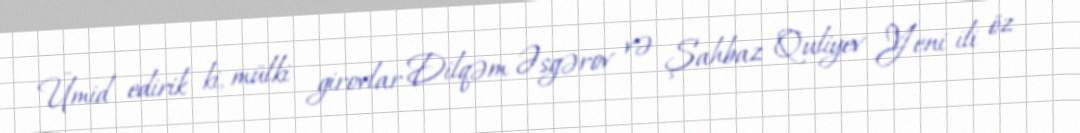
Ümid edirik ki, mülki girovlar Dilqəm Əsgərov və Şahbaz Quliyev Yeni ili öz